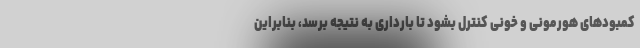
کمبودهای هورمونی و خونی کنترل بشود تا بارداری به نتیجه برسد، بنابراین